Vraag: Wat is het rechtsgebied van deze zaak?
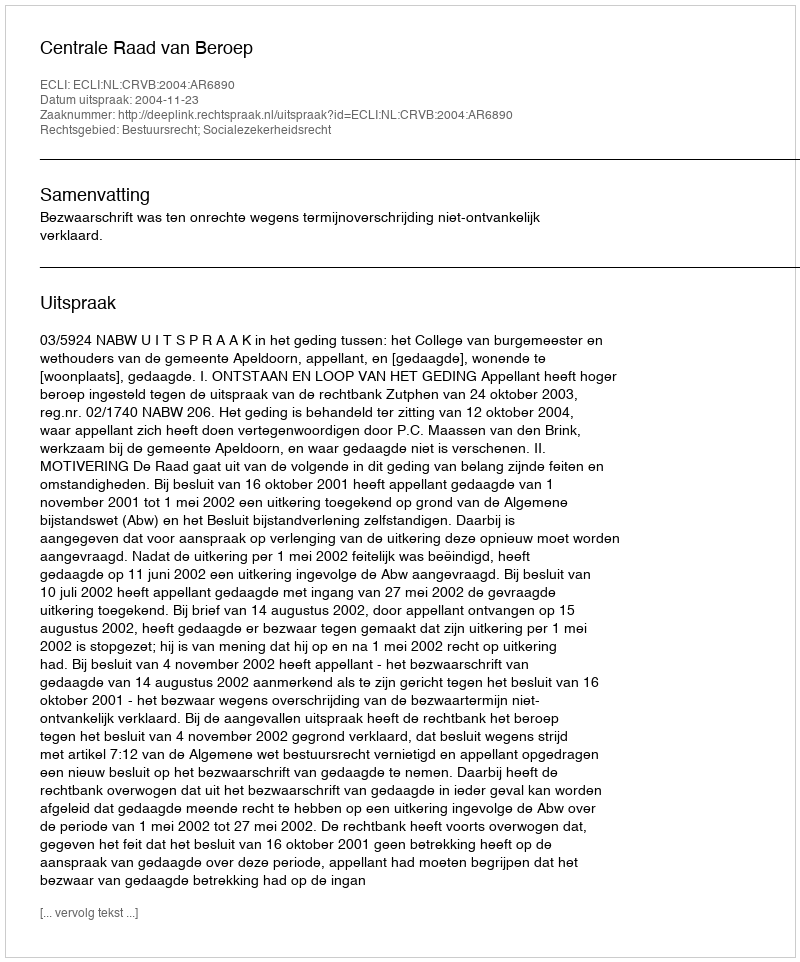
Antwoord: Bestuursrecht; Socialezekerheidsrecht